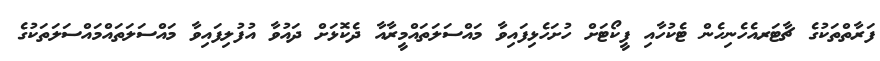
ފަރާތްތަކުގެ ޗާޓަރއެހެނިހެން ޓެކުހާއި ފީކޯޓަށް ހުށަހެޅިފައިވާ މައްސަލަތައްމީރާއާ ދެކޮޅަށް ދައުވާ އުފުލިފައިވާ މައްސަލަތައްމައްސަލަތަކުގެ